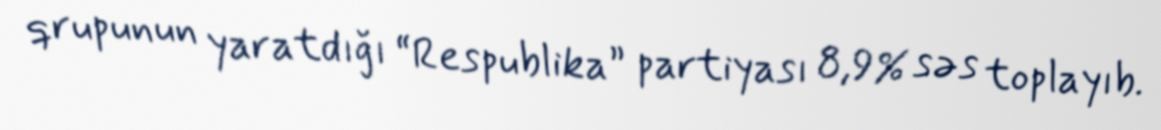
qrupunun yaratdığı “Respublika” partiyası 8,9% səs toplayıb.